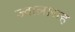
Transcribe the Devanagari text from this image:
ज्वालासह